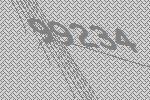
99234